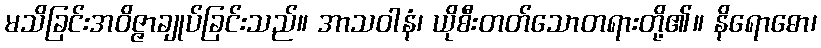
မသိခြင်းအဝိဇ္ဇာချုပ်ခြင်းသည်။ အာသဝါနံ၊ ယိုစီးတတ်သောတရားတို့၏။ နိရောဓော၊